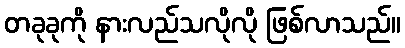
တခုခုကို နားလည်သလိုလို ဖြစ်လာသည်။